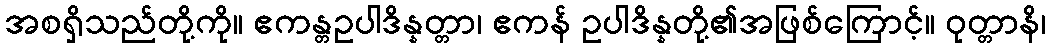
အစရှိသည်တို့ကို။ ဧကန္တဥပါဒိန္နတ္တာ၊ ဧကန် ဥပါဒိန္နတို့၏အဖြစ်ကြောင့်။ ဝုတ္တာနိ၊